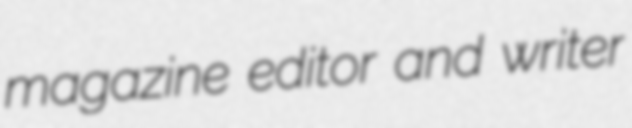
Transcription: magazine editor and writer